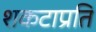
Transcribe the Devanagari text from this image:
शकटाप्रति